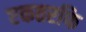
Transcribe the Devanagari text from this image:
एकतरफि